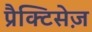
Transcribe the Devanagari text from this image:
प्रैक्टिसेज़